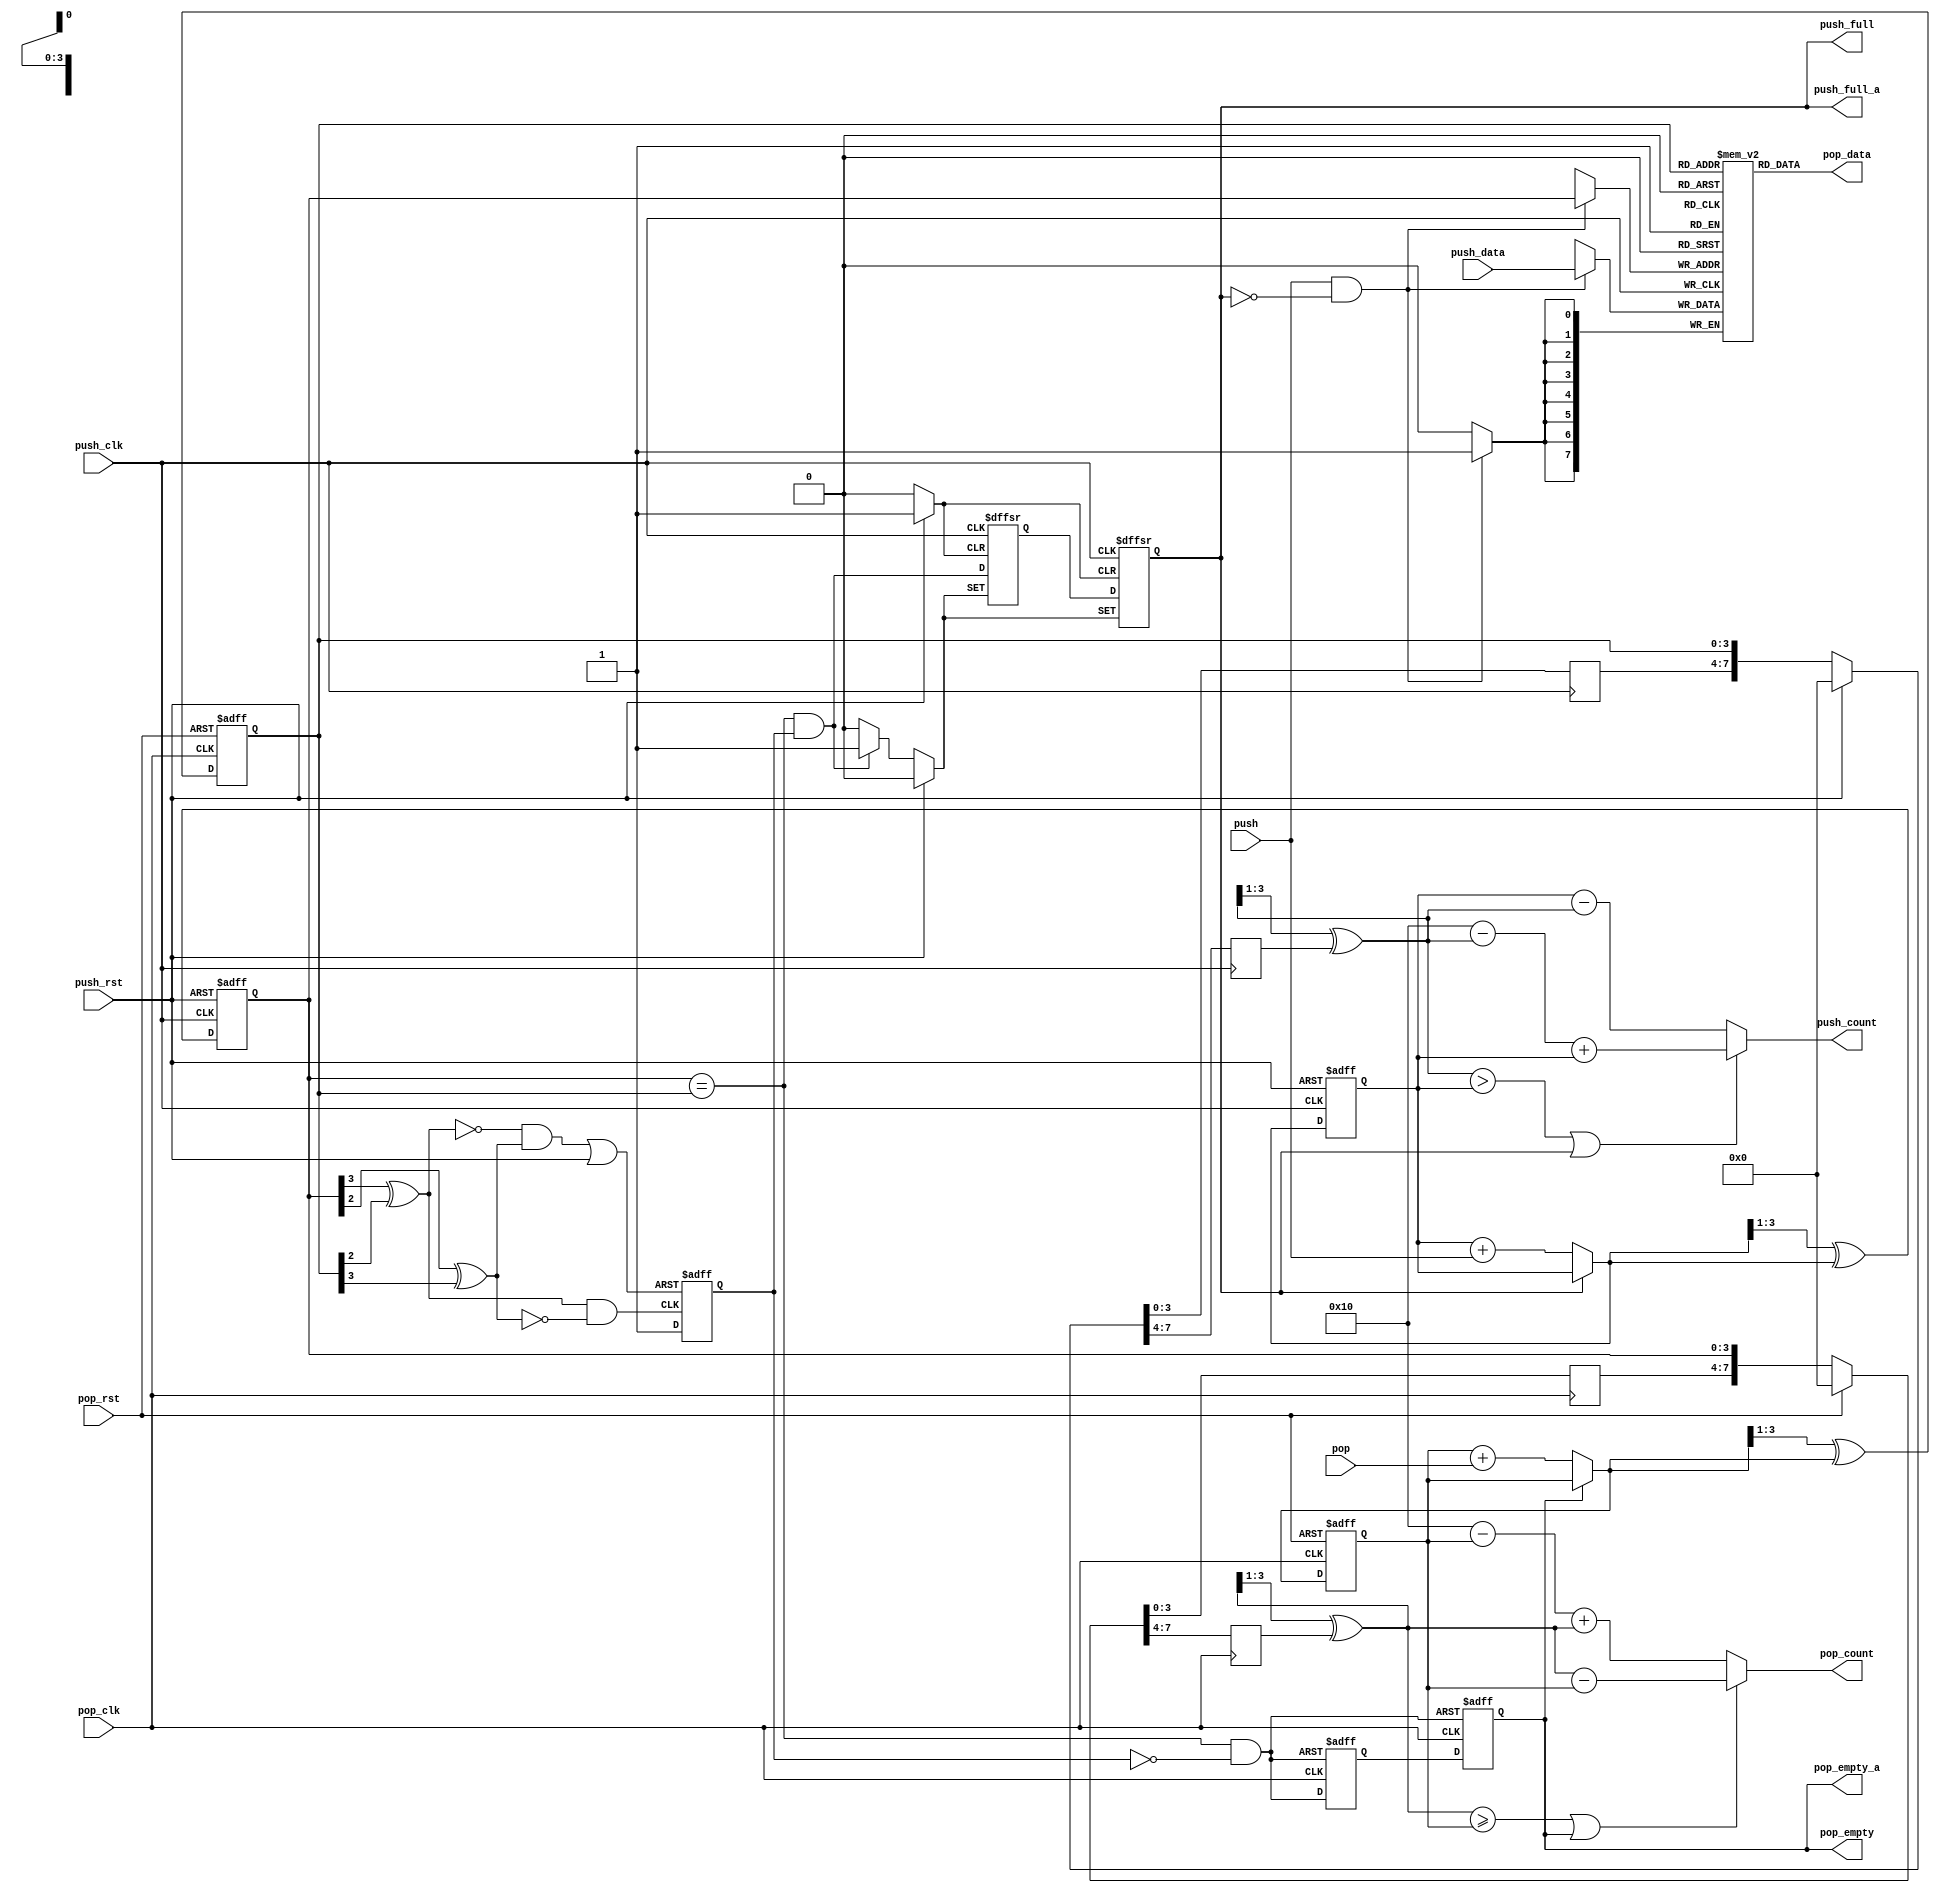
/***************************************************************************************************
 * Module: fifo_async
 *
 * Description: A very generic FIFO, with asynchronous clocks on read and write
 *              ports, with empty/full flags
 *
 * Behavior:
 *              WRITE:
 *              (with push combinatorially driven by ~push_full)
 *                           __    __    __    __    __
 *              push_clk  __|  |__|  |__|  |__|  |__|  |__
 *                        __________             _________
 *              push_full           |___________|
 *                                     ___________
 *              push      ____________|           |_______
 *                        ____________ _____ _____________
 *              push_data ____________X_____X_____________
 *
 *              > data is reg'd:        ^     ^
 *
 *
 *              READ:
 *              (with pop combinatorially driven by ~empty) :
 *                           __    __    __    __    __
 *              pop_clk   __|  |__|  |__|  |__|  |__|  |__
 *                         _________             _________
 *              pop_empty           |___________|
 *                                     ___________
 *              pop        ___________|           |_______
 *                         _________ _____ _______________
 *              pop_data   _________X_____X_______________
 *
 *              > data is valid:        ^     ^
 *
 *
 * Development Stage: DONE...
 *  > simult push/pop  Looks OK
 *  > full/empty       Assertion of  full or empty happens exactly when the FIFO goes full or
 *                     empty.  Removal of full and empty status is pessimistic and will happen
 *                     only after a few clock cycles.
 *
 * Test bench: tester_fifo_async.v
 *
 * Time-stamp: Tue 27 Oct 2009 11:19:59 EDT
 *
 * Author:
 * http://www.sunburst-design.com/papers/CummingsSNUG2002SJ_FIFO1.pdf
 * http://www.sunburst-design.com/papers/CummingsSNUG2002SJ_FIFO2.pdf
 * http://www.sunburst-design.com/papers/CummingsSNUG2002SJ_Resets.pdf
 **************************************************************************************************/

`ifndef _fifo_async_ `define _fifo_async_


module fifo_async
  #(parameter
    DATA_WIDTH          = 8,
    ADDR_WIDTH          = 4,
    FALL                = 1,
    LEAD_ALMOST_FULL    = 0,
    LEAD_ALMOST_EMPTY   = 0)
   (input                       pop_clk,
    input                       pop_rst,
    input                       pop,
    output reg [DATA_WIDTH-1:0] pop_data,
    output reg                  pop_empty,
    output                      pop_empty_a,
    output [ADDR_WIDTH:0]       pop_count,

    input                       push_clk,
    input                       push_rst,
    input                       push,
    input  [DATA_WIDTH-1:0]     push_data,
    output reg                  push_full,
    output                      push_full_a,
    output [ADDR_WIDTH:0]       push_count
   );

    /************************************************************************************
     * Message
     ************************************************************************************/

`ifdef VERBOSE
    initial $display("fifo async with depth: %d", DEPTH);
`endif


    /************************************************************************************
     * Internal signals
     ************************************************************************************/

    localparam DEPTH = 1<<ADDR_WIDTH; // DEPTH = 2**ADDR_WIDTH

    reg [DATA_WIDTH-1:0] mem [0:DEPTH-1];

    wire                    dirset_n;
    wire                    dirclr_n;
    reg                     direction;

    // rptr_empty
    reg    [ADDR_WIDTH-1:0] rptr;
    reg    [ADDR_WIDTH-1:0] rbin;

    reg                     rempty;
    wire   [ADDR_WIDTH-1:0] rgnext;
    wire   [ADDR_WIDTH-1:0] rbnext;

    // wptr_full
    reg    [ADDR_WIDTH-1:0] wptr;
    reg    [ADDR_WIDTH-1:0] wbin;

    reg                     wfull;
    wire   [ADDR_WIDTH-1:0] wgnext;
    wire   [ADDR_WIDTH-1:0] wbnext;

    wire                    aempty_n;
    wire                    afull_n;


    /************************************************************************************
     * Implementation
     ************************************************************************************/

    generate
        if (FALL) begin : FALL_THROUGHT_

            always @* pop_data = mem[rptr];
            //always @(mem[rptr], rptr) pop_data = mem[rptr];
            //always @(posedge pop_clk) pop_data <= mem[rgnext];

        end
        else begin : NOT_FALL_THROUGHT_

            always @(posedge pop_clk)
                if (pop && !pop_empty) pop_data <= mem[rptr];

        end
    endgenerate

    always @(posedge push_clk)
        if (push & ~push_full) mem[wptr] <= push_data;


    //---------------------------------------------------------------
    // Async pointer compare to determine direction of change
    //---------------------------------------------------------------
    assign aempty_n = ~((wptr == rptr) && !direction);

    assign afull_n  = ~((wptr == rptr) &&  direction);

    assign dirset_n = ~( (wptr[ADDR_WIDTH-1]^rptr[ADDR_WIDTH-2])
                      & ~(wptr[ADDR_WIDTH-2]^rptr[ADDR_WIDTH-1]));

    assign dirclr_n = ~((~(wptr[ADDR_WIDTH-1]^rptr[ADDR_WIDTH-2])
                      &   (wptr[ADDR_WIDTH-2]^rptr[ADDR_WIDTH-1]))
                      |   push_rst);


    // should inferring an RS-flip-flop, if not use code above
    always @(negedge dirset_n or negedge dirclr_n)
        if      (!dirclr_n) direction <= 1'b0;
        else                direction <= 1'b1;


    //---------------------------------------------------------------
    // GRAYSTYLE2 Read pointer
    //---------------------------------------------------------------
    always @(posedge pop_clk or posedge pop_rst)
        if (pop_rst)    rbin <= 'b0;
        else            rbin <= rbnext;


    always @(posedge pop_clk or posedge pop_rst)
        if (pop_rst)    rptr <= 'b0;
        else            rptr <= rgnext;


    //---------------------------------------------------------------
    // increment the binary count if not empty
    //---------------------------------------------------------------
    assign rbnext = !pop_empty ? rbin + pop : rbin;

    assign rgnext = (rbnext>>1) ^ rbnext; // binary-to-gray conversion

    always @(posedge pop_clk or negedge aempty_n)
        if (!aempty_n) {pop_empty, rempty} <= 2'b11;
        else           {pop_empty, rempty} <= {rempty, ~aempty_n};


    //---------------------------------------------------------------
    // GRAYSTYLE2 Write pointer
    //---------------------------------------------------------------
    always @(posedge push_clk or posedge push_rst)
        if (push_rst)   wbin <= 'b0;
        else            wbin <= wbnext;


    always @(posedge push_clk or posedge push_rst)
        if (push_rst)   wptr <= 'b0;
        else            wptr <= wgnext;


    //---------------------------------------------------------------
    // increment the binary count if not full
    //---------------------------------------------------------------
    assign wbnext = !push_full ? wbin + push : wbin;

    assign wgnext = (wbnext>>1) ^ wbnext; // binary-to-gray conversion

    always @(posedge push_clk or posedge push_rst or negedge afull_n)
        if      (push_rst) {push_full, wfull} <= 2'b00;
        else if (!afull_n) {push_full, wfull} <= 2'b11;
        else               {push_full, wfull} <= {wfull, ~afull_n};


    //---------------------------------------------------------------
    // Pass counter to other clk domain and convert gray to binary.
    // These binary counters are used to calculate two counters that
    // contain the number of elements in the fifo as seen from each
    // clk domain.
    //---------------------------------------------------------------
    wire [ADDR_WIDTH-1:0]   push_rbin;
    reg  [ADDR_WIDTH-1:0]   push_1rptr;
    reg  [ADDR_WIDTH-1:0]   push_2rptr;

    wire [ADDR_WIDTH-1:0]   pop_wbin;
    reg  [ADDR_WIDTH-1:0]   pop_1wptr;
    reg  [ADDR_WIDTH-1:0]   pop_2wptr;


    assign push_rbin    = (push_rbin>>1) ^ push_2rptr; // gray-to-binary conversion

    assign pop_wbin     = (pop_wbin>>1) ^ pop_2wptr; // gray-to-binary conversion

    assign push_count   = ((push_rbin > wbin) || push_full)
                            ? (DEPTH - push_rbin + wbin)
                            : (wbin - push_rbin);

    assign pop_count    = ((pop_wbin >= rbin) || pop_empty)
                            ? (pop_wbin - rbin)
                            : (DEPTH - rbin + pop_wbin);


    always @(posedge push_clk)
        if (push_rst)   {push_2rptr, push_1rptr} <= 'b0;
        else            {push_2rptr, push_1rptr} <= {push_1rptr, rptr};


    always @(posedge pop_clk)
        if (pop_rst)    {pop_2wptr, pop_1wptr} <= 'b0;
        else            {pop_2wptr, pop_1wptr} <= {pop_1wptr, wptr};



//    // Almost empty used in count
//    reg                     pop_empty_almost;
//    reg                     pop_empty_rff;
//    wire                    aempty_a_n;
//    wire [ADDR_WIDTH-1:0]   rbin_a_nx;
//    wire [ADDR_WIDTH-1:0]   rptr_a_nx;
//    reg  [ADDR_WIDTH-1:0]   rptr_a;
//
//    assign rbin_a_nx    = (rbnext + 1);
//
//    assign rptr_a_nx    = (rbin_a_nx>>1) ^ rbin_a_nx;
//
//    assign aempty_a_n   = ~(wptr == rptr_a);
//
//
//    always @(posedge pop_clk) rptr_a <= rptr_a_nx;
//
//
//    always @(posedge pop_clk or posedge pop_rst or negedge aempty_a_n)
//        if      (pop_rst)       {pop_empty_almost, pop_empty_rff} <= 2'b00;
//        else if (!aempty_a_n)   {pop_empty_almost, pop_empty_rff} <= 2'b11;
//        else                    {pop_empty_almost, pop_empty_rff} <= {pop_empty_rff, ~aempty_a_n};
//
//
//    always @(posedge pop_clk)
//        if ((pop_wbin > rbnext) || pop_empty_almost || pop_empty) begin
//            pop_count <= (pop_wbin - rbnext);
//        end
//        else begin
//            pop_count <= (DEPTH - rbnext + pop_wbin);
//        end
//
//
//    // Almost full used in count
//    reg                     push_full_almost;
//    reg                     push_full_rff;
//    wire                    afull_a_n;
//    wire [ADDR_WIDTH-1:0]   wbin_a_nx;
//    wire [ADDR_WIDTH-1:0]   wptr_a_nx;
//    reg  [ADDR_WIDTH-1:0]   wptr_a;
//
//
//    assign wbin_a_nx    = (wbnext + 1);
//
//    assign wptr_a_nx    = (wbin_a_nx>>1) ^ wbin_a_nx;
//
//    assign afull_a_n    = ~(wptr_a == rptr);
//
//
//    always @(posedge push_clk) wptr_a <= wptr_a_nx;
//
//
//    always @(posedge push_clk or posedge push_rst or negedge afull_a_n)
//        if      (push_rst)      {push_full_almost, push_full_rff} <= 2'b00;
//        else if (!afull_a_n)    {push_full_almost, push_full_rff} <= 2'b11;
//        else                    {push_full_almost, push_full_rff} <= {push_full_rff, ~afull_a_n};
//
//
//    always @(posedge push_clk)
//        if ((push_rbin > wbnext) || push_full_almost || push_full) begin
//            push_count <= (DEPTH - push_rbin + wbnext);
//        end
//        else begin
//            push_count <= (wbnext - push_rbin);
//        end


    //---------------------------------------------------------------
    // increment the "almost" binary count if the binary counter does
    //---------------------------------------------------------------



    genvar ea;
    generate
        if (0 < LEAD_ALMOST_EMPTY) begin : ALMOST_EMPTY_

            wire [ADDR_WIDTH-1:0] rbnext_almost [0:LEAD_ALMOST_EMPTY-1];
            wire [ADDR_WIDTH-1:0] rgnext_almost [0:LEAD_ALMOST_EMPTY-1];
            reg  [ADDR_WIDTH-1:0] rptr_almost   [0:LEAD_ALMOST_EMPTY-1];

            wire                            aempty_almost_n;
            wire [0:LEAD_ALMOST_EMPTY-1]    aempty1_almost_n;
            wire [0:LEAD_ALMOST_EMPTY-1]    aempty2_almost_n;
            reg                             pop_empty1_a;
            reg                             pop_empty2_a;

            assign pop_empty_a          = pop_empty1_a | pop_empty;

            assign aempty_almost_n      = &(aempty1_almost_n);

            assign rbnext_almost[0]     = (rbnext + 1);

            assign rgnext_almost[0]     = (rbnext_almost[0]>>1) ^ rbnext_almost[0];

            assign aempty1_almost_n[0]  = ~(wptr == (rptr_almost[0]));


            always @(posedge pop_clk) rptr_almost[0] <= rgnext_almost[0];


            for (ea = 1; ea < LEAD_ALMOST_EMPTY; ea = ea + 1) begin : EA_
                assign rbnext_almost[ea]    = (rbnext + ea + 1);

                assign rgnext_almost[ea]    = (rbnext_almost[ea]>>1) ^ rbnext_almost[ea];

                assign aempty1_almost_n[ea] = ~(wptr == (rptr_almost[ea]));

                always @(posedge pop_clk) rptr_almost[ea] <= rgnext_almost[ea];
            end


            // almost empty
            always @(posedge pop_clk or posedge pop_rst or negedge aempty_almost_n)
                if      (pop_rst)           {pop_empty1_a, pop_empty2_a} <= 2'b00;
                else if (!aempty_almost_n)  {pop_empty1_a, pop_empty2_a} <= 2'b11;
                else begin
                    {pop_empty1_a, pop_empty2_a} <= {pop_empty2_a, ~aempty_almost_n};
                end

        end
        else begin : EMPTY_
            assign pop_empty_a = pop_empty;
        end
    endgenerate


    //---------------------------------------------------------------
    // increment the "almost" binary count if the binary counter does
    //---------------------------------------------------------------


    genvar fa;
    generate
        if (0 < LEAD_ALMOST_FULL) begin : ALMOST_FULL_

            wire [ADDR_WIDTH-1:0] wbnext_almost [0:LEAD_ALMOST_FULL-1];
            wire [ADDR_WIDTH-1:0] wgnext_almost [0:LEAD_ALMOST_FULL-1];
            reg  [ADDR_WIDTH-1:0] wptr_almost   [0:LEAD_ALMOST_FULL-1];

            wire                        afull_almost_n;
            wire [0:LEAD_ALMOST_FULL-1] afull1_almost_n;
            wire [0:LEAD_ALMOST_FULL-1] afull2_almost_n;
            reg                         wfull1_a;
            reg                         wfull2_a;

            assign push_full_a          = wfull1_a | push_full;

            assign afull_almost_n       = &(afull1_almost_n);

            assign wbnext_almost[0]     = (wbnext + 1);

            assign wgnext_almost[0]     = (wbnext_almost[0]>>1) ^ wbnext_almost[0];

            assign afull1_almost_n[0]   = ~(wptr_almost[0] == rptr);


            always @(posedge push_clk) wptr_almost[0] <= wgnext_almost[0];


            for (fa = 1; fa < LEAD_ALMOST_FULL; fa = fa + 1) begin : FA_
                assign wbnext_almost[fa]    = (wbnext + fa + 1);

                assign wgnext_almost[fa]    = (wbnext_almost[fa]>>1) ^ wbnext_almost[fa];

                assign afull1_almost_n[fa]  = ~((wptr_almost[fa] == rptr));

                always @(posedge push_clk) wptr_almost[fa] <= wgnext_almost[fa];
            end

            // almost full
            always @(posedge push_clk or posedge push_rst or negedge afull_almost_n)
                if      (push_rst)          {wfull1_a, wfull2_a} <= 2'b00;
                else if (!afull_almost_n)   {wfull1_a, wfull2_a} <= 2'b11;
                else                        {wfull1_a, wfull2_a} <= {wfull2_a, ~afull_almost_n};


        end
        else begin : FULL_
            assign push_full_a = push_full;
        end
    endgenerate



endmodule

`endif //  `ifndef _fifo_async_